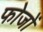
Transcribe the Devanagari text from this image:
फोजों